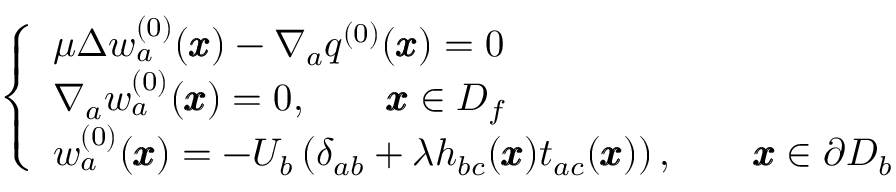
\left\{ \begin{array} { l l } { \mu \Delta w _ { a } ^ { ( 0 ) } ( { \pmb x } ) - \nabla _ { a } q ^ { ( 0 ) } ( { \pmb x } ) = 0 } \\ { \nabla _ { a } w _ { a } ^ { ( 0 ) } ( { \pmb x } ) = 0 , \qquad { \pmb x } \in D _ { f } } \\ { w _ { a } ^ { ( 0 ) } ( \pmb x ) = - U _ { b } \left( \delta _ { a b } + { \lambda } h _ { b c } ( { \pmb x } ) t _ { a c } ( { \pmb x } ) \right) , \qquad { \pmb x } \in \partial D _ { b } } \end{array} \right.